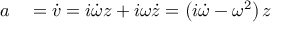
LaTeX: \begin{array} { r l } { a } & { { } = { \dot { v } } = i { \dot { \omega } } z + i \omega { \dot { z } } = \left( i { \dot { \omega } } - \omega ^ { 2 } \right) z } \end{array}